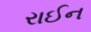
રાઈન